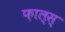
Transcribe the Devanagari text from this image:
फ़ाल्स्